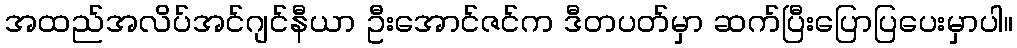
အထည်အလိပ်အင်ဂျင်နီယာ ဦးအောင်ဇင်က ဒီတပတ်မှာ ဆက်ပြီးပြောပြပေးမှာပါ။